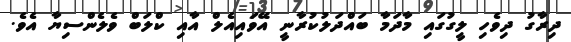
ދިރާގު ދިވެހި ލީގުގައި މާދަމާ ބައްދަލުކުރާނީ އޭވައިއެލް އާއި ކްލަބް ވެލެންސިޔާ އެވެ.